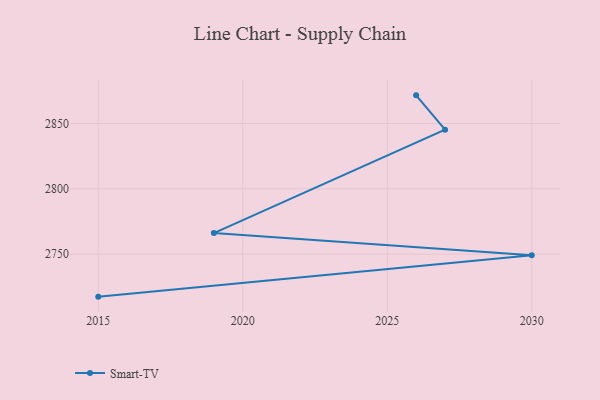
{"axis": {"x": "Year", "y": "Humidity (%)"}, "legend": ["Smart-TV"], "data": [{"x": "2015", "y": 2717.5, "type": "Smart-TV"}, {"x": "2030", "y": 2749.2, "type": "Smart-TV"}, {"x": "2019", "y": 2766.1, "type": "Smart-TV"}, {"x": "2027", "y": 2845.2, "type": "Smart-TV"}, {"x": "2026", "y": 2871.5, "type": "Smart-TV"}]}